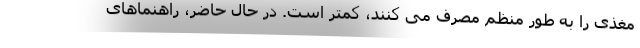
مغذی را به طور منظم مصرف می کنند، کمتر است. در حال حاضر، راهنماهای